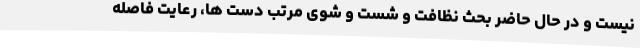
نیست و در حال حاضر بحث نظافت و شست و شوی مرتب دست ها، رعایت فاصله